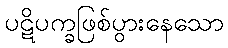
ပဋိပက္ခဖြစ်ပွားနေသော